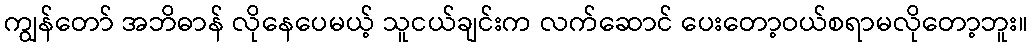
ကျွန်တော် အဘိဓာန် လိုနေပေမယ့် သူငယ်ချင်းက လက်ဆောင် ပေးတော့ဝယ်စရာမလိုတော့ဘူး။